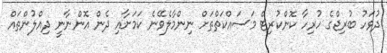
ދުވަހު ބުރިޖްގެ ހުރިހާ ކޮންކުރިޓް މަސައްކަތްތަށް ނިންމާލެވޭނެ ކަމަށާއި ދެން އޮންނާނީ ދިއްލުންތައް